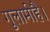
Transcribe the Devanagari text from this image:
गुलामीहै।